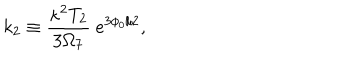
LaTeX: { k _ { 2 } \equiv { \frac { \kappa ^ { 2 } T _ { 2 } } { 3 \Omega _ { 7 } } } { } ~ e ^ { 3 \phi _ { 0 } / 2 } , }